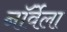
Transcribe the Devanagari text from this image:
नॉर्वेला